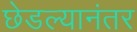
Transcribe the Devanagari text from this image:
छेडल्यानंतर